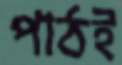
পাঠই